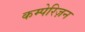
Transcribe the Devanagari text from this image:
कम्पेरिज़न